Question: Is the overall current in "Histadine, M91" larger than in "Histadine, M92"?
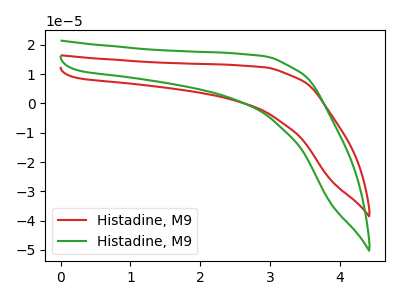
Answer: <think>The red curve "Histadine, M91" has no peaks. The green curve "Histadine, M92" has no peaks.
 Neither "Histadine, M91" or "Histadine, M92" have any peaks.</think>
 <answer>I cant tell if "Histadine, M91" or "Histadine, M92" has more signal.</answer>
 <eval>mixed_signal</eval>